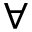
\forall